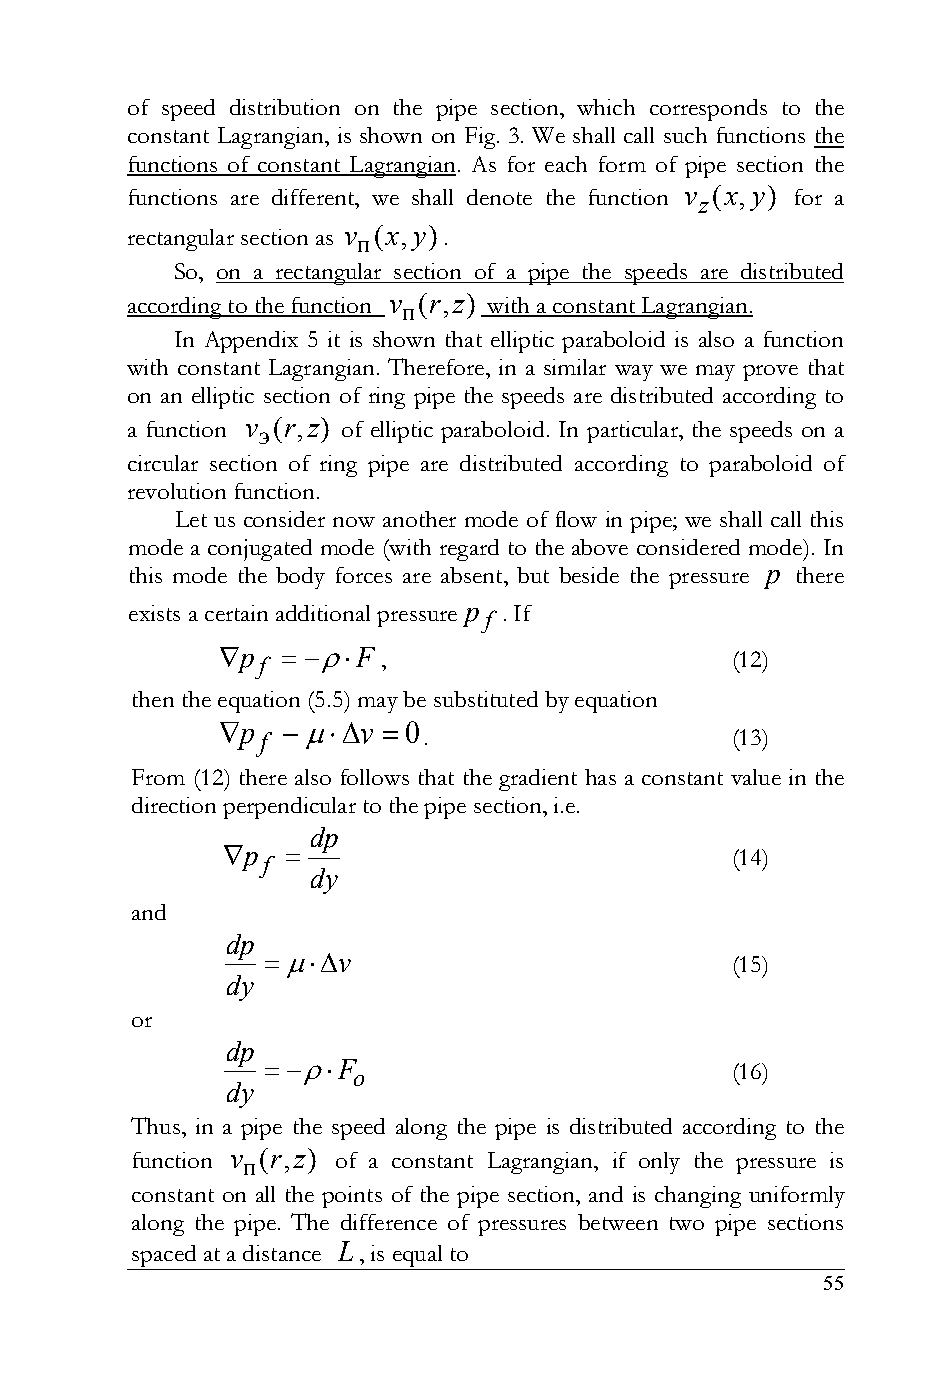
of speed distribution on the pipe section, which corresponds to the
 constant Lagrangian, is shown on Fig. 3. We shall call such functions the
 functions of constant Lagrangian. As for each form of pipe section the
 functions are different, we shall denote the function v z(x,y) for a
 rectangular section as v п(x,y).
 So, on a rectangular section of a pipe the speeds are distributed
 according to the function v п(r,z) with a constant Lagrangian.
 In Appendix 5 it is shown that elliptic paraboloid is also a function
 with constant Lagrangian. Therefore, in a similar way we may prove that
 on an elliptic section of ring pipe the speeds are distributed according to
 a function v э(r,z) of elliptic paraboloid. In particular, the speeds on a
 circular section of ring pipe are distributed according to paraboloid of
 revolution function.
 Let us consider now another mode of flow in pipe; we shall call this
 mode a conjugated mode (with regard to the above considered mode). In
 this mode the body forces are absent, but beside the pressure p there
 exists a certain additional pressure p f . If
 p f  F ,                     (12)
 then the equation (5.5) may be substituted by equation
 p  v  0
 f          .                   (13)
 From (12) there also follows that the gradient has a constant value in the
 direction perpendicular to the pipe section, i.e.
 dp
 p                              (14)
 f
 dy
 and
 dp
 v                          (15)
 dy
 or
 dp
  F                         (16)
 o
 dy
 Thus, in a pipe the speed along the pipe is distributed according to the
 function v п(r,z) of a constant Lagrangian, if only the pressure is
 constant on all the points of the pipe section, and is changing uniformly
 along the pipe. The difference of pressures between two pipe sections
 spaced at a distance L, is equal to
 55